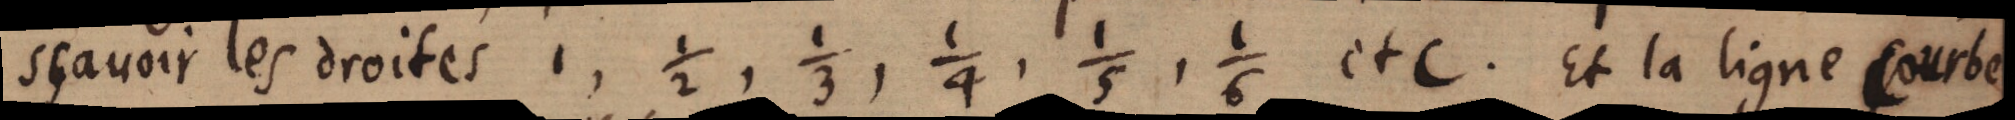
sçavoir les droites 1, 1/2, 1/3, 1/4, 1/5, 1/6 etc. Et la ligne Courbe